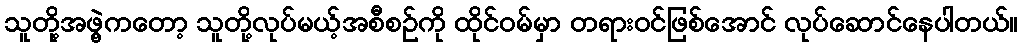
သူတို့အဖွဲ့ကတော့ သူတို့လုပ်မယ့်အစီစဉ်ကို ထိုင်ဝမ်မှာ တရားဝင်ဖြစ်အောင် လုပ်ဆောင်နေပါတယ်။